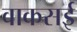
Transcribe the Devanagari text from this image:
वाकसई